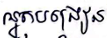
អ្នកបង្រៀន